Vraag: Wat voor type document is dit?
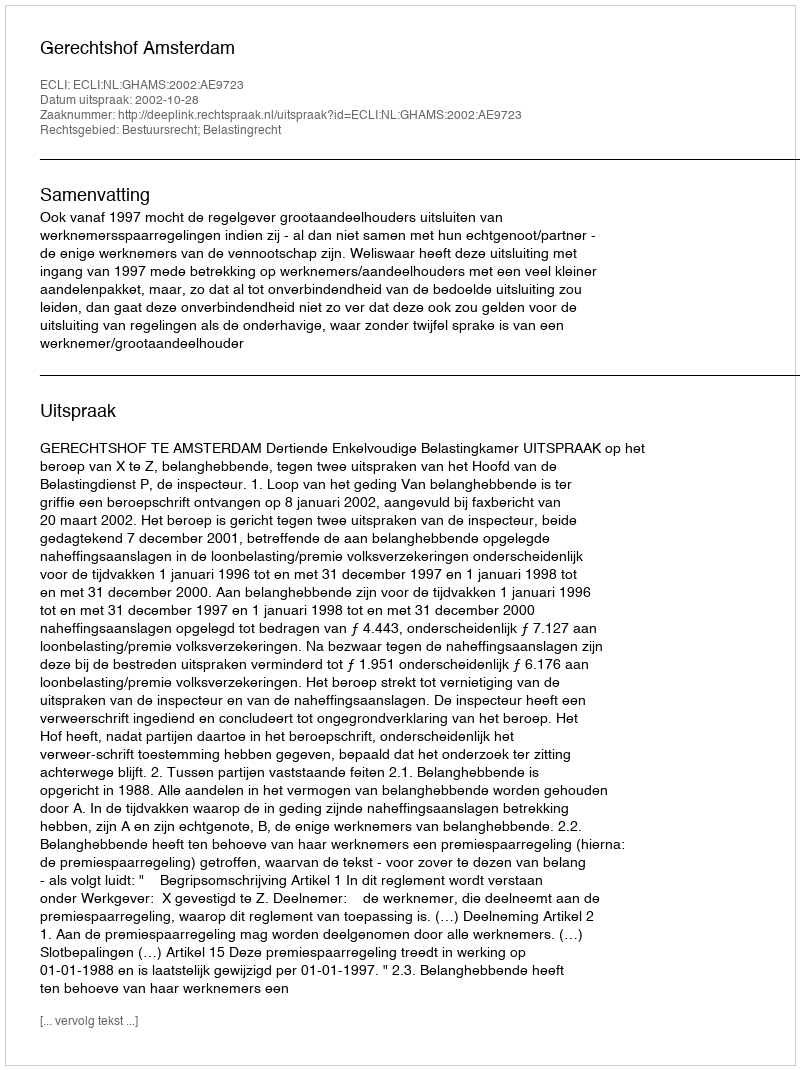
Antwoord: Uitspraak